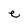
Character: e